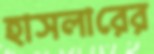
হাসলারের